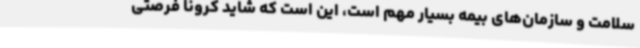
سلامت و سازمان‌های بیمه بسیار مهم است، این است که شاید کرونا فرصتی